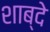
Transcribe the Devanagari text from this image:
शाब्दे